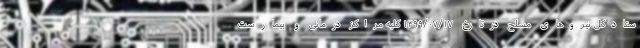
ستادکل نیروهای مسلح درتارخ ۱۳۹۹/۰۷/۱۷ کلیه مراکز درمانی و بیمارست